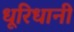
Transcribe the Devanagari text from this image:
धूरिधानी